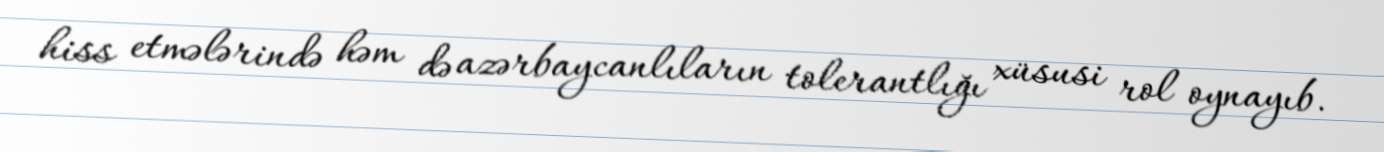
hiss etmələrində həm də azərbaycanlıların tolerantlığı xüsusi rol oynayıb.